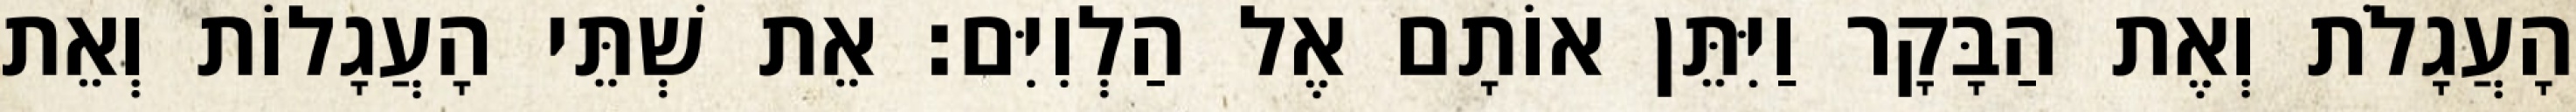
הָעֲגָלֹת וְאֶת הַבָּקָר וַיִּתֵּן אוֹתָם אֶל הַלְוִיִּם׃ אֵת שְׁתֵּי הָעֲגָלוֹת וְאֵת